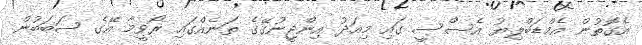
އެގޮތުން އެމްޑަބްލިޔު އެސްސީ ގައި މިއަދު އިންޖީނުގޭގެ ތަނެއްގައި ރޯވީމާ އޭގެ ސަބަބުން